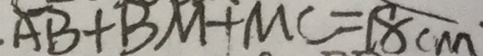
A B + B M + M C = 1 8 c m